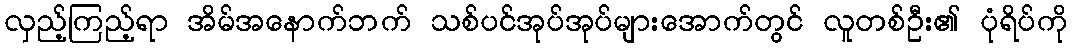
လှည့်ကြည့်ရာ အိမ်အနောက်ဘက် သစ်ပင်အုပ်အုပ်များအောက်တွင် လူတစ်ဦး၏ ပုံရိပ်ကို